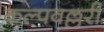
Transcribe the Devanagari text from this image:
कल्पवल्लरी